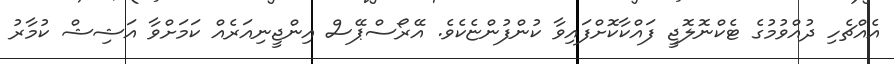
އެއްޗެހި ދުއްވުމުގެ ޓެކްނޮލޮޖީ ފައްކާކޮށްފައިވާ ކުންފުންޏެކެވެ. އޭރޯސްޕޭސް އިންޖީނިއަރެއް ކަމަށްވާ އަޝިޝް ކުމާރު